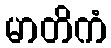
မာတိကံ